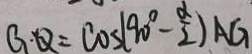
G \cdot Q = \cos ( 9 0 ^ { \circ } - \frac { \alpha } { 2 } ) A G